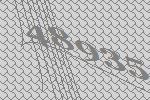
48935